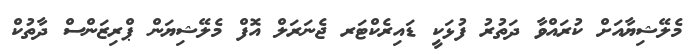
މެލޭޝިޔާއަށް ކުރައްވާ ދަތުރު ފުޅަކީ ޑައިރެކްޓަރ ޖެނަރަލް އޮފް މެލޭޝިޔަން ޕްރިޒަންސް ދާތުކް